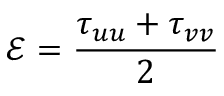
\mathscr { E } = \frac { \tau _ { u u } + \tau _ { v v } } { 2 }